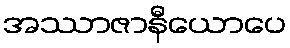
အဿာဇာနီယောပေ